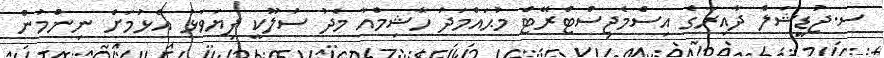
ސ.ޖުޑީޝަލް ދާއިރާގެ އިސްމެޖިސްޓްރޭޓް މުޙައްމަދު ހާޝިމްއާ މެދު ސުލޫކީ ފިޔަވަޅު އެޅުމަށް ނިންމުން